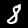
Label: 8